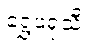
ရွှေဖရုံသီး။